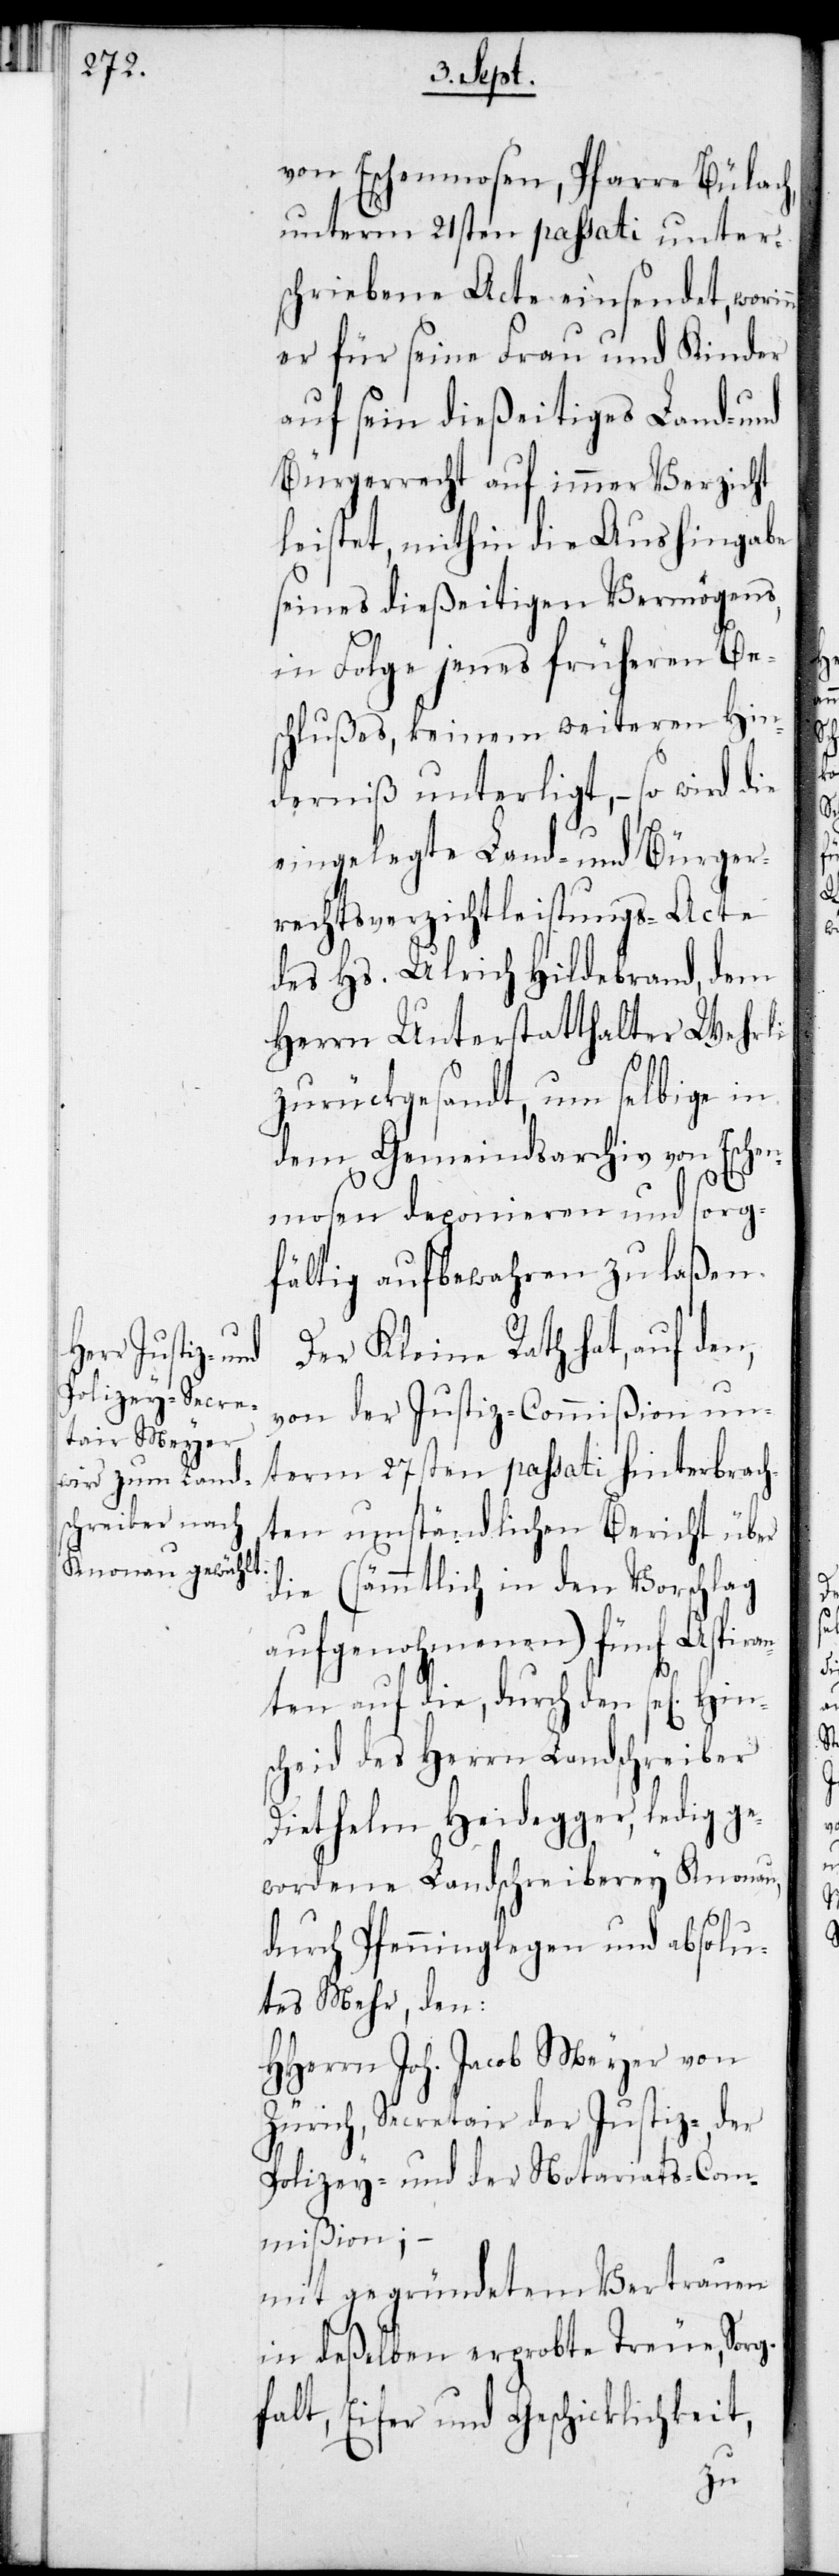
von Eschenmosen, Pfarre Bülach,
unterm 21sten passati unter¬
schriebene Acte einsendet, worin¬
er für seine Frau und Kinder
auf sein dießeitiges Land- und
Bürgerrecht auf immer Verzicht
leistet, mithin die Aushingabe
seines dießeitigen Vermögens,
in Folge jenes früheren Be¬
schlußes, keinem weiteren Hin¬
derniß unterligt, – so wird die
eingelegte Land- und Bürger¬
rechtsverzichtleistungs-Acte
des Hs. Ulrich Hildebrand, dem
Herrn Unterstatthalter Wehrli
zurückgesandt, um selbige in
dem Gemeindsarchiv von Esche¬
mosen deponieren und sorg¬
fältig aufbewahren zu laßen.
Der Kleine Rath hat, auf den,
von der Justiz-Commißion un¬
term 27sten passati hinterbrach¬
ten umständlichen Bericht über
die (sämmtlich in den Vorschlag
aufgenohmenen) fünf Aspiran¬
ten auf die, durch den se[ligen]
scheid des Herrn Landschreiber
Diethelm Heidegger, ledig g¬
ewordene Landschreiberey Knonau,
durch Pfenninglegen und absolu¬
tes Mehr, den:
HHerrn Joh. Jacob Meyer von
Zürich, Secrtair der Justiz-, der
Polizey- und der Notariats-Com¬
mißion; –
mit gegründetem Vertrauen
in deßelben erprobte Treue, Sorg¬
falt, Eifer und Geschicklichkeit,
Hin¬